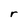
Character: r